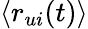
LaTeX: \langle r_{ui}(t)\rangle